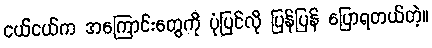
ငယ်ငယ်က အကြောင်းတွေကို ပုံပြင်လို ပြန်ပြန် ပြောရတယ်တဲ့။